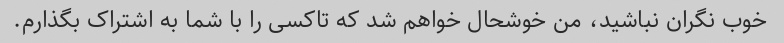
خوب نگران نباشید، من خوشحال خواهم شد که تاکسی را با شما به اشتراک بگذارم.